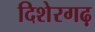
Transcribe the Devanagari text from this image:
दिशेरगढ़